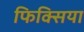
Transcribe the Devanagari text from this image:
फिक्सिया